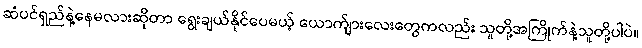
ဆံပင်ရှည်နဲ့နေမလားဆိုတာ ရွေးချယ်နိုင်ပေမယ့် ယောက်ျားလေးတွေကလည်း သူတို့အကြိုက်နဲ့သူတို့ပါပဲ။